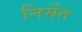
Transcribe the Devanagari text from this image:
निर्मेत